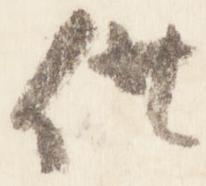
供